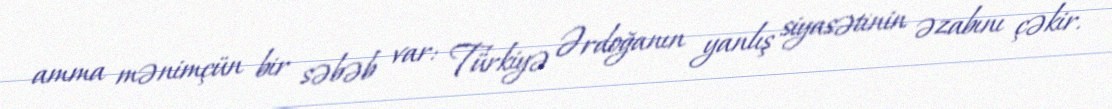
amma mənimçün bir səbəb var: Türkiyə Ərdoğanın yanlış siyasətinin əzabını çəkir.